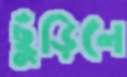
ছুঁড়িলে